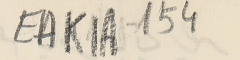
EAK1A-154